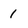
Character: 1